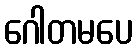
ဂေါတမပေ